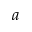
a